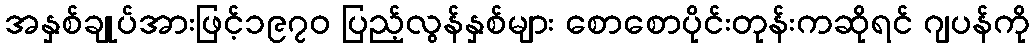
အနှစ်ချုပ်အားဖြင့်၁၉၇၀ ပြည့်လွန်နှစ်များ စောစောပိုင်းတုန်းကဆိုရင် ဂျပန်ကို